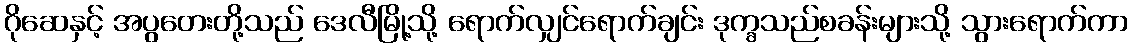
ဂိုဆေနှင့် အပွတေးတို့သည် ဒေလီမြို့သို့ ရောက်လျှင်ရောက်ချင်း ဒုက္ခသည်စခန်းများသို့ သွားရောက်ကာ